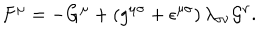
F ^ { \mu } = - G ^ { \mu } + \left( g ^ { { \mu } { \sigma } } + { \epsilon } ^ { { \mu } { \sigma } } \right) { \lambda } _ { { \sigma } { \nu } } { \cal G } ^ { \nu } .